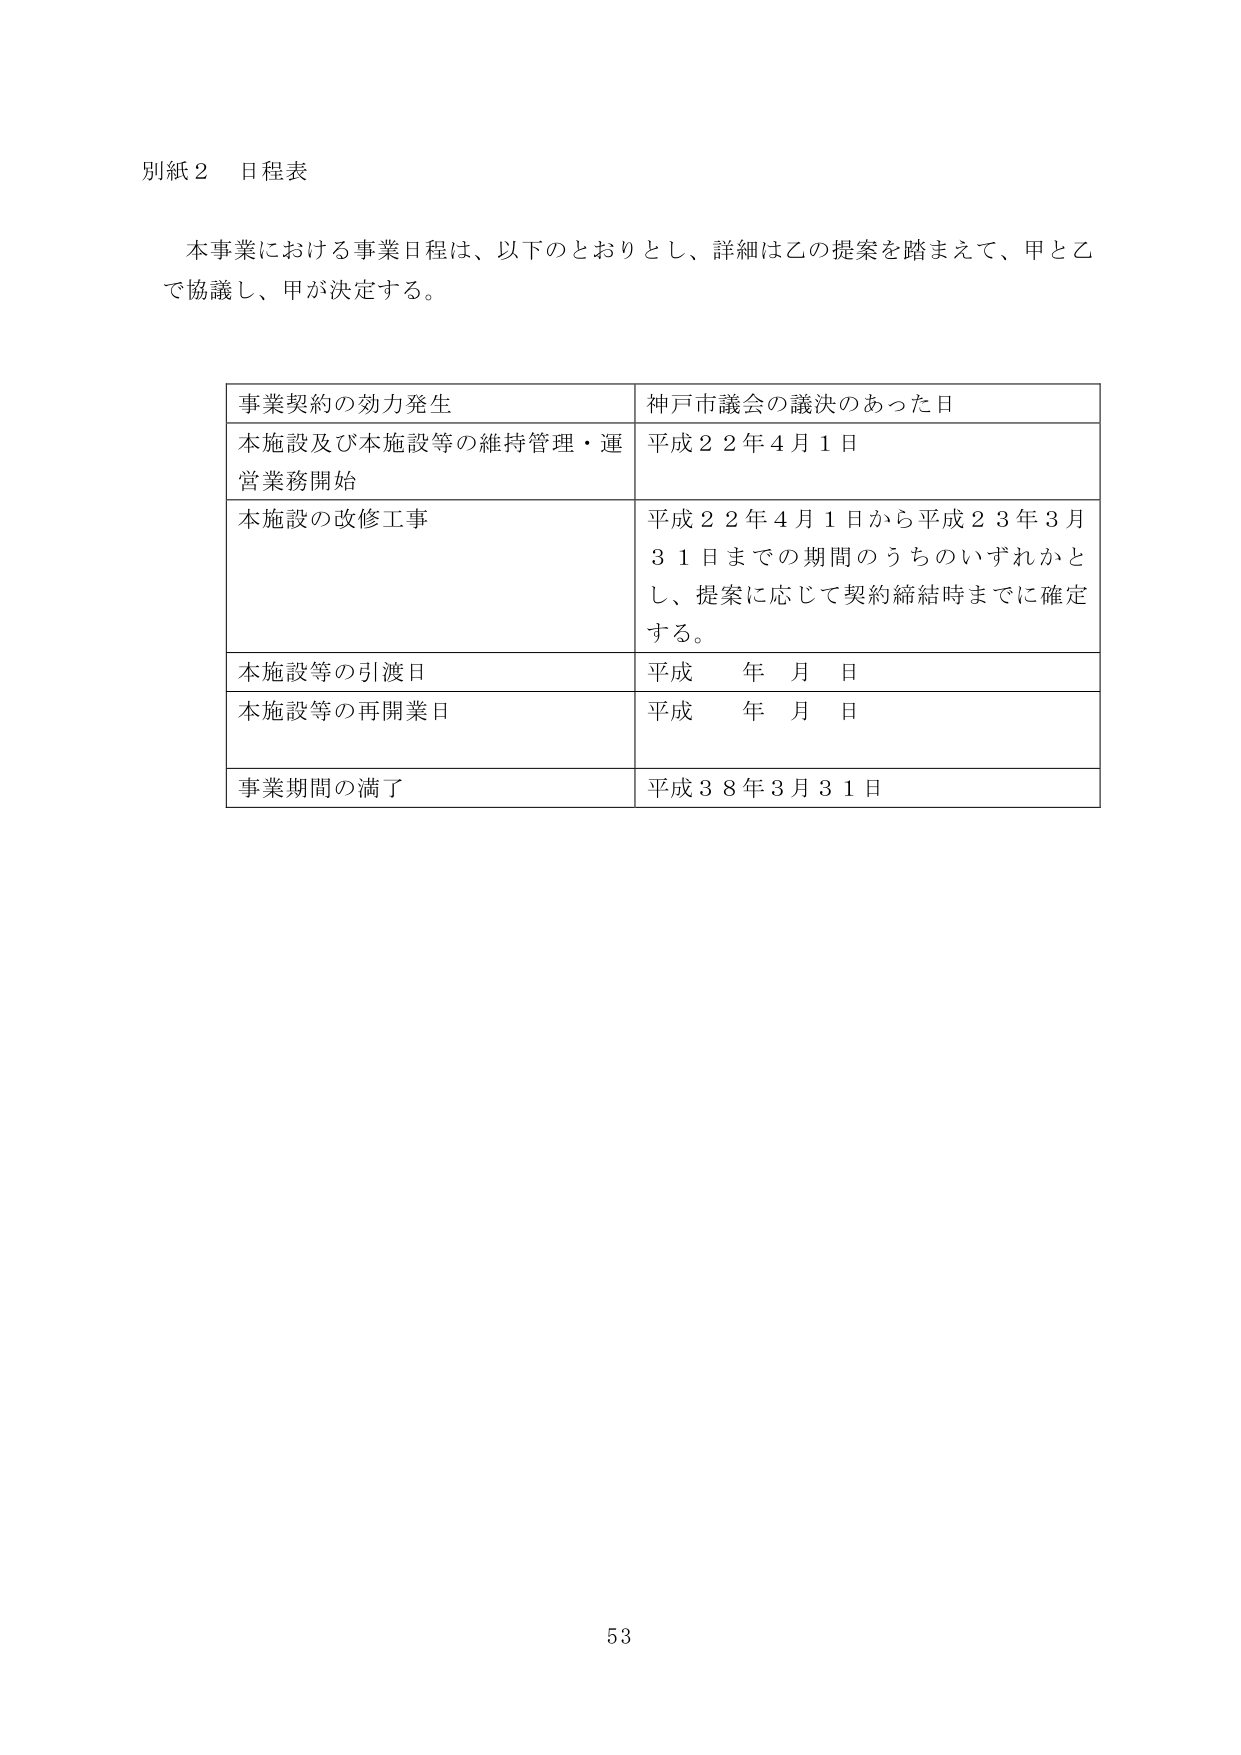
別紙２ 日程表

本事業における事業日程は、以下のとおりとし、詳細は乙の提案を踏まえて、甲と乙で協議し、甲が決定する。

事業契約の効力発生　　神戸市議会の議決のあった日
本施設及び本施設等の維持管理・運営業務開始　　平成２２年４月１日
本施設の改修工事　　平成２２年４月１日から平成２３年３月３１日までの期間のうちのいずれかとし、提案に応じて契約締結時までに確定する。
本施設等の引渡日　　平成　年　月　日
本施設等の再開業日　　平成　年　月　日
事業期間の満了　　平成３８年３月３１日

53